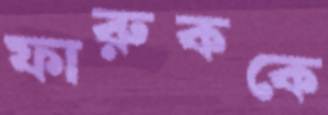
ফারুককে